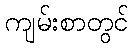
ကျမ်းစာတွင်